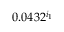
0 . 0 4 3 2 ^ { i _ { 1 } }